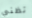
تظني